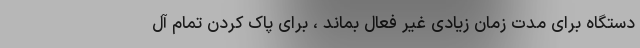
دستگاه برای مدت زمان زیادی غیر فعال بماند ، برای پاک کردن تمام آل